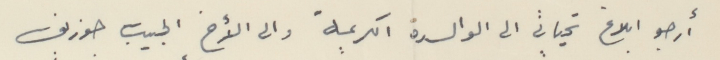
أرجو ابلاغ تحياتي الى الوالدة الكريمة والى الأخ الحبيب جوزيف